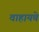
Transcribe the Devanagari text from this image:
वाहायचे